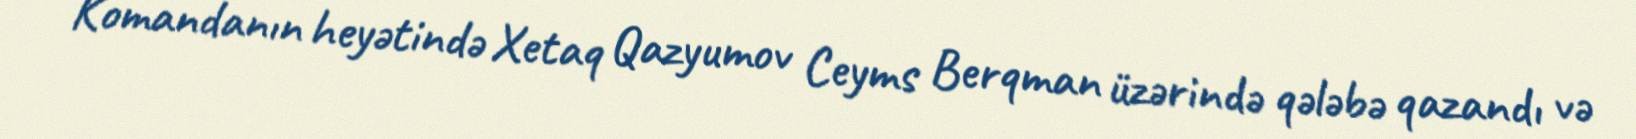
Komandanın heyətində Xetaq Qazyumov Ceyms Berqman üzərində qələbə qazandı və